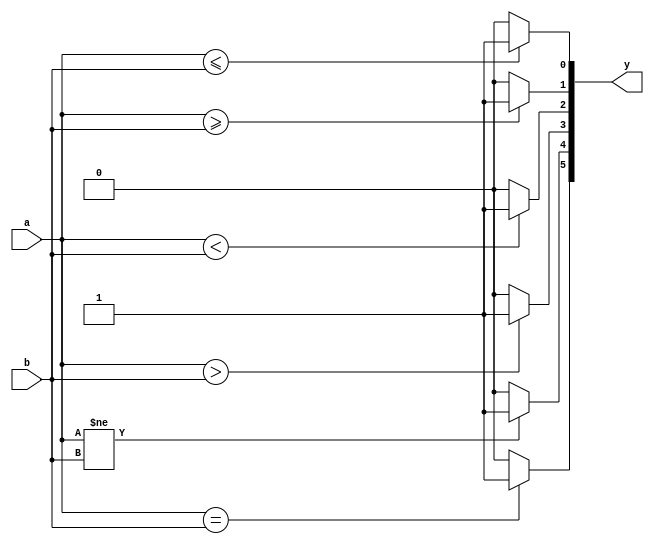
module comparator_2bit(y, a, b);
    output reg [5:0] y;
    input [1:0] a, b;

    always @(y, a, b)
    begin
        y = 6'b000000;
        if (a == b)
            y[5] = 1'b1;
        if (a != b)
            y[4] = 1'b1;
        if (a > b)
            y[3] = 1'b1;
        if (a < b)
            y[2] = 1'b1;
        if (a >= b)
            y[1] = 1'b1;
        if (a <= b)
            y[0] = 1'b1;
    end
endmodule

module comparator_2bit_tb;
reg [1:0] a, b;
wire [5:0] y;

//Instantiate UUT
    comparator_2bit UUT(y, a, b);

    //stimulus block
    initial
        begin
            a = 2'b10;
            b = 2'b00;
            repeat (3) #10 b = b + 1'b1; 
        end
    initial $monitor("a = %b, b = %b, y = %b", a, b, y);
endmodule